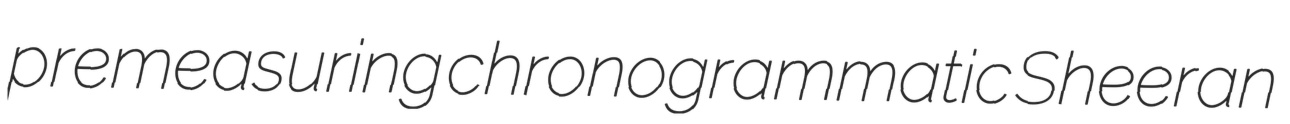
premeasuring chronogrammatic Sheeran